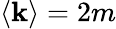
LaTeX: \left<\mathbf{k}\right>=2m